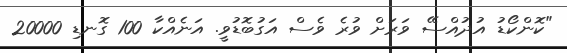
"ކޮންކޯޑު އުދުއްސޭ ވަރަށް ވުރެ ވެސް އަގުބޮޑުވީ. އަނެއްކާ 100 ގޮނޑި 20000